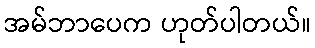
အမ်ဘာပေက ဟုတ်ပါတယ်။